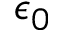
\epsilon _ { 0 }